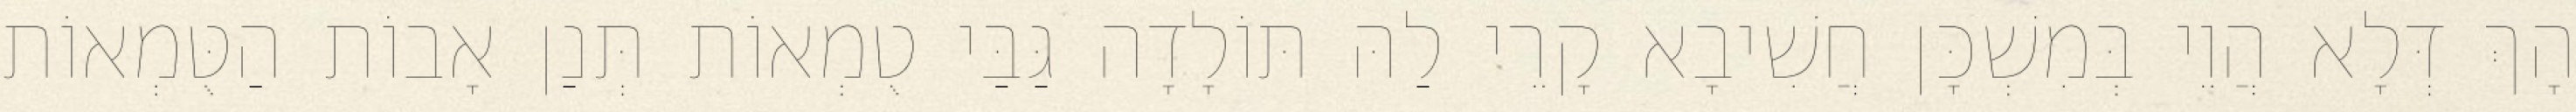
הָךְ דְּלָא הֲוֵי בְּמִשְׁכָּן חֲשִׁיבָא קָרֵי לַהּ תּוֹלָדָה גַּבַּי טֻמְאוֹת תְּנַן אָבוֹת הַטֻּמְאוֹת